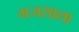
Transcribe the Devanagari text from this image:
गजसाला